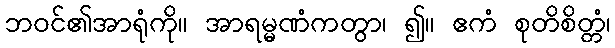
ဘဝင်၏အာရုံကို။ အာရမ္မဏံကတွာ၊ ၍။ ဧကံ စုတိစိတ္တံ၊